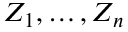
Z _ { 1 } , \ldots , Z _ { n }